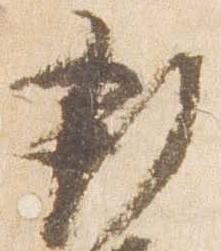
新